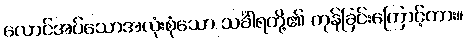
လောင်အပ်သောအလုံးစုံသော သင်္ခါရတို့၏ ကုန်ခြင်းကြောင့်ကား။